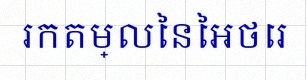
រកតម្លៃនៃអថេរ